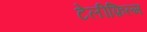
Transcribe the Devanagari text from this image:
टेलीफ़िल्म